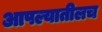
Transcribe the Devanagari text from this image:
आपल्यातीलच